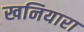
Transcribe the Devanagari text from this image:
खनियारा